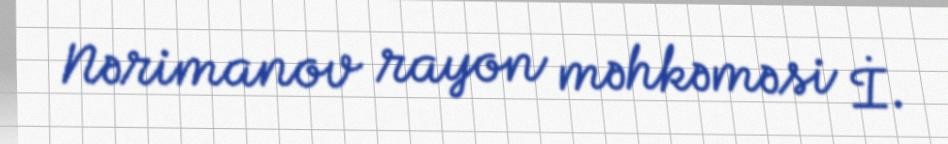
Nərimanov rayon məhkəməsi İ.